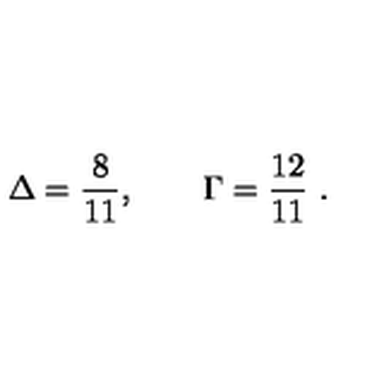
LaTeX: \Delta = \frac { 8 } { 1 1 } , \qquad \Gamma = \frac { 1 2 } { 1 1 } \ .